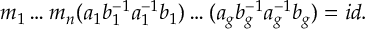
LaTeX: m _ { 1 } \ldots m _ { n } ( a _ { 1 } b _ { 1 } ^ { - 1 } a _ { 1 } ^ { - 1 } b _ { 1 } ) \ldots ( a _ { g } b _ { g } ^ { - 1 } a _ { g } ^ { - 1 } b _ { g } ) = i d .